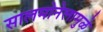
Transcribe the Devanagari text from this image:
सालमोनेलामुळे